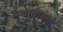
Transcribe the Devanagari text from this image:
अन्वेषणकर्त्ता